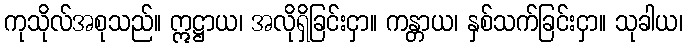
ကုသိုလ်အစုသည်။ ဣဋ္ဌာယ၊ အလိုရှိခြင်းငှာ။ ကန္တာယ၊ နှစ်သက်ခြင်းငှာ။ သုခါယ၊